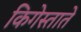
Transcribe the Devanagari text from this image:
किगेस्ताते